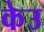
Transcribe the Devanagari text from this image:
केउ